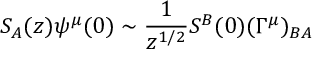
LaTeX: S _ { A } ( z ) \psi ^ { \mu } ( 0 ) \sim { \frac { 1 } { z ^ { 1 / 2 } } } S ^ { B } ( 0 ) ( \Gamma ^ { \mu } ) _ { B A }